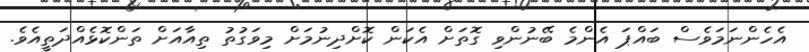
އެހެންނަމަވެސް ބައްޕަ އެންމެ ބޭނުންވި ގޮތަށް އެކަން ކޮށްދިނުމަށް މިވަގުތު ތިއާއަށް ތަންކޮޅެއްދަތީއެވެ.